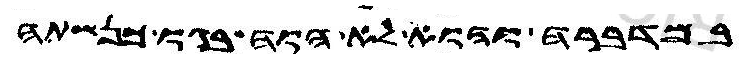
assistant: במדברה והוא לא הוה בגו כנשתה